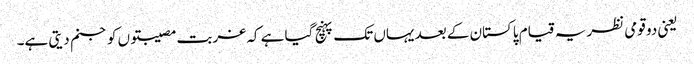
یعنی دو قومی نظریہ قیام پاکستان کے بعد یہاں تک پہنچ گیا ہے کہ غربت مصیبتوں کو جنم دیتی ہے۔